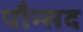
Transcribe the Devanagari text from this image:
पौन्सद